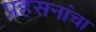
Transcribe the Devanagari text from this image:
प्रहसनांचा